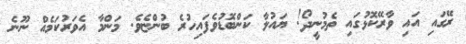
ރޭގައި އައި ވާރޭކޮޅުގައި ތެމުނީދޯ! ޔައުލާ ކަންބޮޑުވެފައިހުރެ ބުންޏެވެ. މަންމާ އެވަރުކަމެއް ނޫނެ